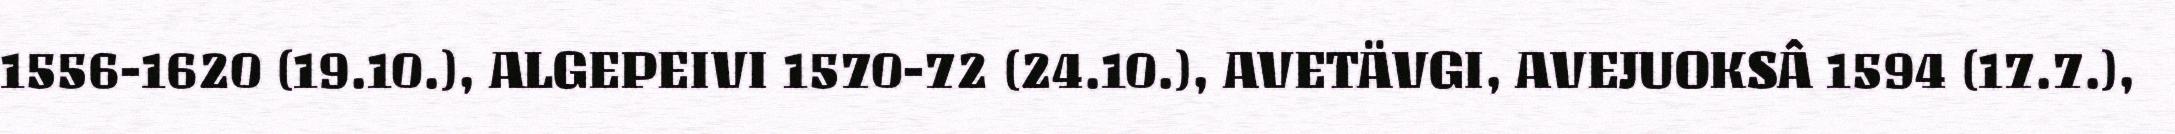
1556-1620 (19.10.), ALGEPEIVI 1570-72 (24.10.), AVETÄVGI, AVEJUOKSÂ 1594 (17.7.),